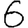
Digit: 6